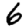
Digit: 6